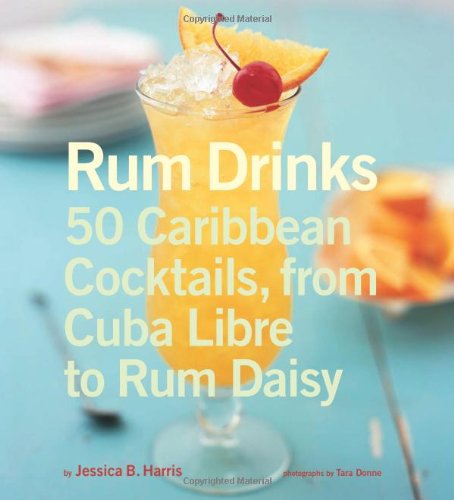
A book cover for Rum Drinks: 50 Caribbean Cocktails, From Cuba Libre to Rum Daisy; Jessica B. Harris; Cookbooks, Food & Wine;